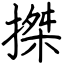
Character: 搩